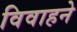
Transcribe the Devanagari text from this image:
विवाहने